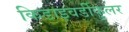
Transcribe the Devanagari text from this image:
किडाइवर्डीकुलर